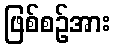
ဖြစ်စဉ်အား